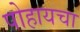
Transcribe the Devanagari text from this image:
पोहायचा